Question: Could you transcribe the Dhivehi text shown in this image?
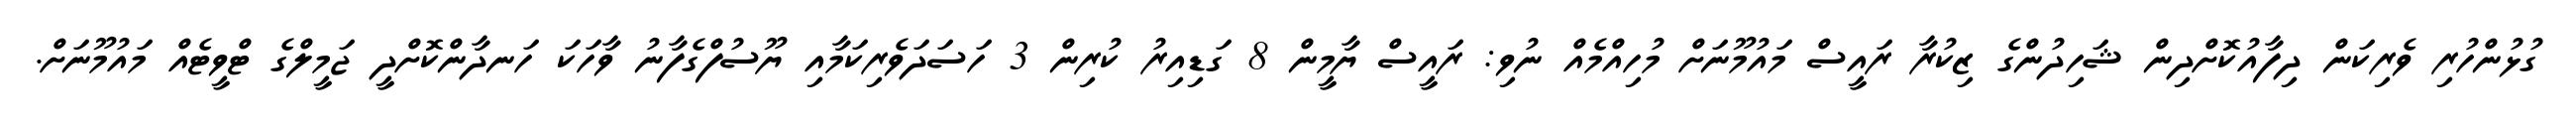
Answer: ގުޅުންހުރި ވެރިކަން ދިފާއުކޮށްދިން ޝަހިދުންގެ ޒިކުރާ ރައީސް މައުމޫނަށް މުހިއްމެއް ނުވި: ރައީސް ޔާމީން 8 ގަޑިއިރު ކުރިން 3 ހަސަދަވެރިކަމާއި ޔޫސުފްގެފާނު ވާހަކަ ހަނދާންކޮށްދީ ޖަމީލްގެ ޓްވީޓެއް މައުމޫނަށް.